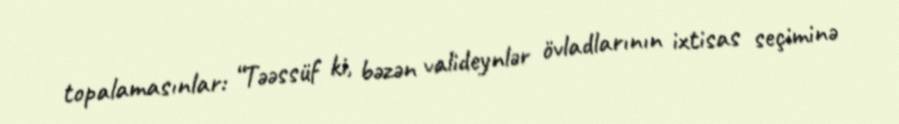
topalamasınlar: “Təəssüf ki, bəzən valideynlər övladlarının ixtisas seçiminə